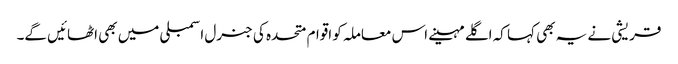
قریشی نے یہ بھی کہا کہ اگلے مہینے اس معاملہ کو اقوام متحدہ کی جنرل اسمبلی میں بھی اٹھائیں گے۔